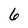
Character: 6